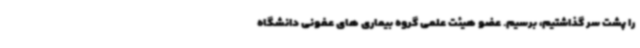
را پشت سر گذاشتیم، برسیم. عضو هیئت علمی گروه بیماری های عفونی دانشگاه